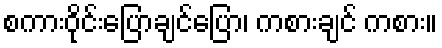
စကားဝိုင်းပြောချင်ပြော၊ ကစားချင် ကစား။